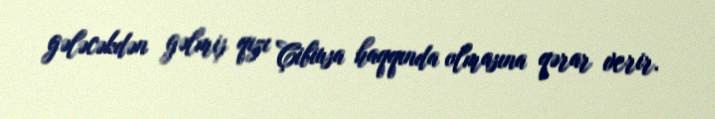
gələcəkdən gəlmiş qızı Çibiusa haqqında olmasına qərar verir.